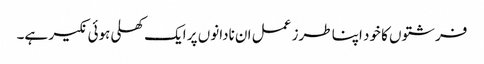
فرشتوں کا خود اپنا طرز عمل ان نادانوں پر ایک کھلی ہوئی نکیر ہے۔